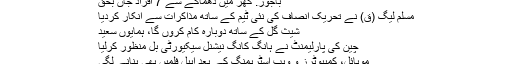
باجوڑ: گھر میں دھماکے سے 7 افراد جاں بحق
مسلم لیگ (ق) نے تحریک انصاف کی نئی ٹیم کے ساتھ مذاکرات سے انکار کردیا
شیث گل کے ساتھ دوبارہ کام کروں گا، ہمایوں سعید
چین کی پارلیمنٹ نے ہانگ کانگ نیشنل سیکیورٹی بل منظور کرلیا
موبائل، کمپیوٹرز و ویب اسٹریمنگ کے بعد ایپل فلمیں بھی بنانے لگی